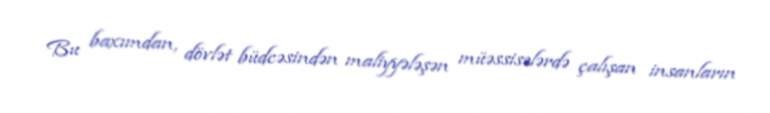
Bu baxımdan, dövlət büdcəsindən maliyyələşən müəssisələrdə çalışan insanların